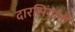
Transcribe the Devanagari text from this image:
दारसिंगांनी